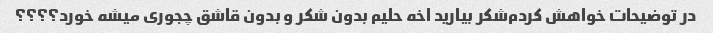
در توضیحات خواهش کردم‌شکر بیارید اخه حلیم بدون شکر و بدون قاشق چجوری میشه خورد؟؟؟؟